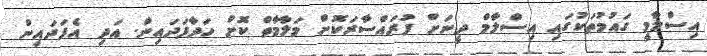
އިސްލާމީ ގައުމުތަކުގައި އިސްލާމް ދީނަށް ފުރައްސާރަކޮށް މަލާމާތް ކޮށް ހަދާފަދައިން. އަދި އެފަދައިން